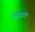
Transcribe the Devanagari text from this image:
महारवतन